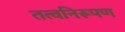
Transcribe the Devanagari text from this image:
तत्वनिरूपण